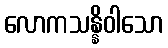
လောကသန္နိဝါသော